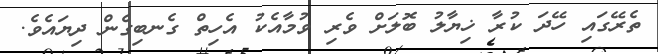
ތެރޭގައި ހޭދަ ކުރާ ޚިޔާލު ބޮލަށް ވެރި ވުމާއެކު އެހިތް ގެނބިގެން ދިޔައެވެ.